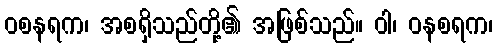
ဝစနရက၊ အစရှိသည်တို့၏ အဖြစ်သည်။ ဝါ၊ ဝနစရက၊